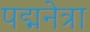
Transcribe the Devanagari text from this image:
पद्मनेत्रा